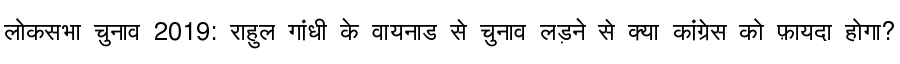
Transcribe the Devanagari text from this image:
लोकसभा चुनाव 2019: राहुल गांधी के वायनाड से चुनाव लड़ने से क्या कांग्रेस को फ़ायदा होगा?